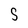
Character: S